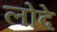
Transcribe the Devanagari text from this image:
लोदे